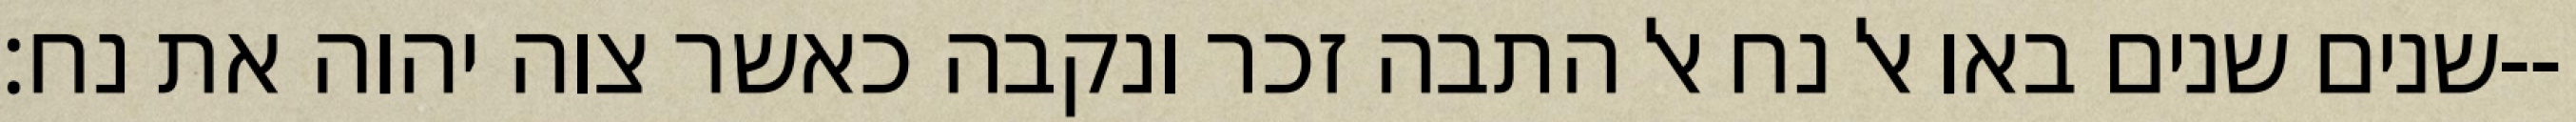
שנים שנים באו אל נח אל התבה זכר ונקבה כאשר צוה יהוה את נח׃--